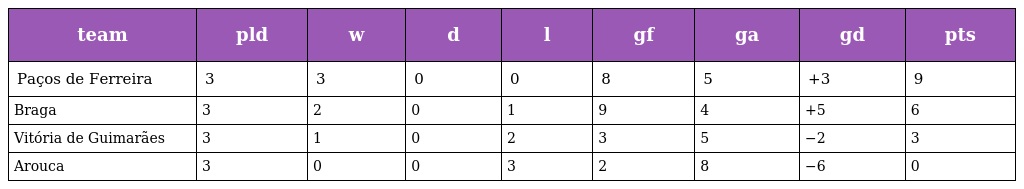
| team | pld | w | d | l | gf | ga | gd | pts |
 | --- | --- | --- | --- | --- | --- | --- | --- | --- |
 | Paços de Ferreira | 3 | 3 | 0 | 0 | 8 | 5 | +3 | 9 |
 | Braga | 3 | 2 | 0 | 1 | 9 | 4 | +5 | 6 |
 | Vitória de Guimarães | 3 | 1 | 0 | 2 | 3 | 5 | −2 | 3 |
 | Arouca | 3 | 0 | 0 | 3 | 2 | 8 | −6 | 0 |